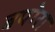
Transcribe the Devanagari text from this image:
बपोरा